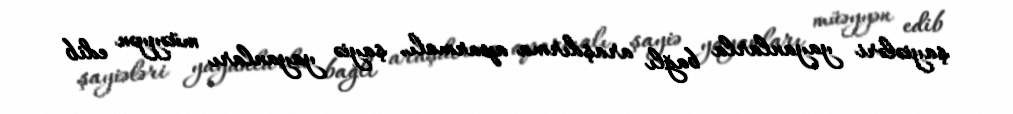
şayiələri yayanlarla bağlı araşdırma aparmalı, şayiə yayanları müəyyən edib